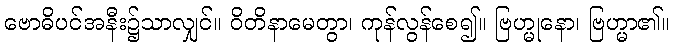
ဗောဓိပင်အနီး၌သာလျှင်။ ဝိတိနာမေတွာ၊ ကုန်လွန်စေ၍။ ဗြဟ္မုနော၊ ဗြဟ္မာ၏။